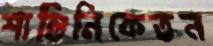
শান্তিনিকেতন